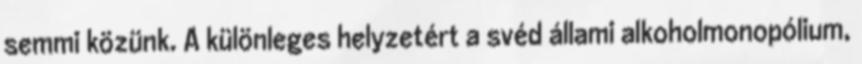
semmi közünk. A különleges helyzetért a svéd állami alkoholmonopólium,